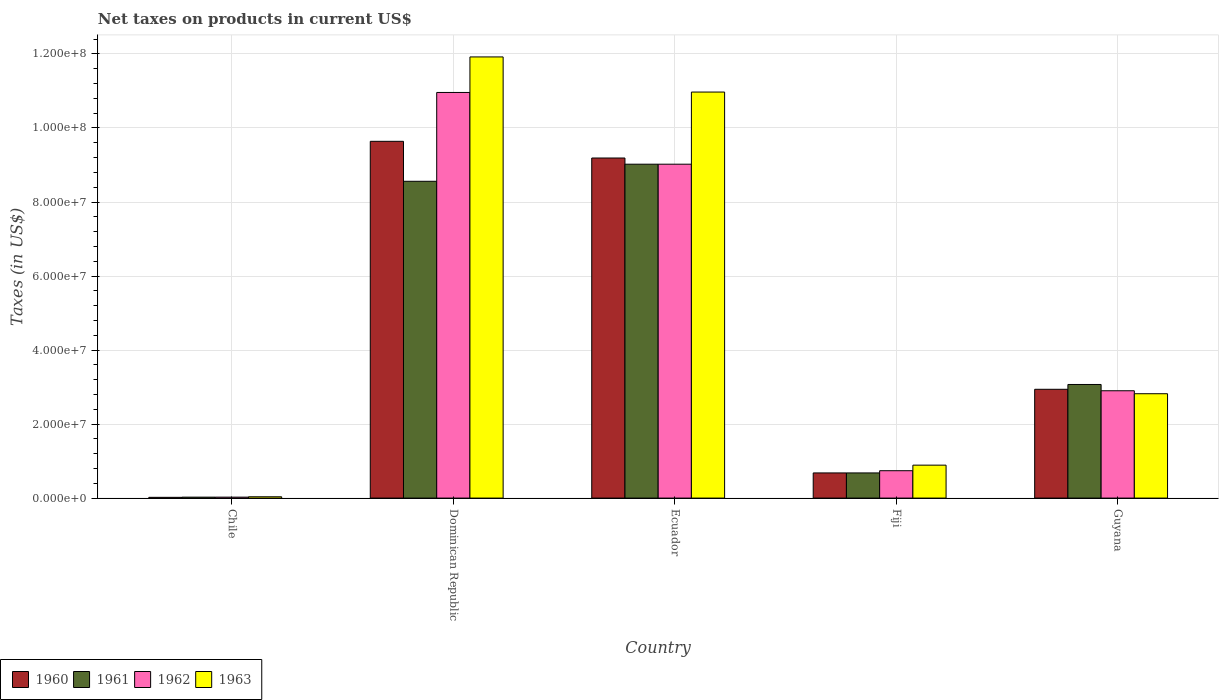
| Country | 1960 | 1961 | 1962 | 1963 |
 | --- | --- | --- | --- | --- |
 | Chile | 2.02e+05 | 2.53e+05 | 2.53e+05 | 3.54e+05 |
 | Dominican Republic | 9.64e+07 | 8.56e+07 | 1.1e+08 | 1.19e+08 |
 | Ecuador | 9.19e+07 | 9.02e+07 | 9.02e+07 | 1.1e+08 |
 | Fiji | 6.8e+06 | 6.8e+06 | 7.4e+06 | 8.9e+06 |
 | Guyana | 2.94e+07 | 3.07e+07 | 2.9e+07 | 2.82e+07 |